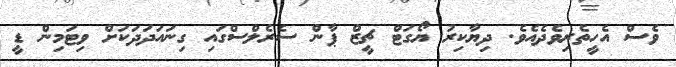
ވެސް އެހީތެރިވެދެއެވެ. ދިޔާކިރު ޔޯގަޓް ޗީޒް ޕާން ސެރެލްސްގައި ގިނައަދަދަކަށް ވިޓަމިން ޑީ